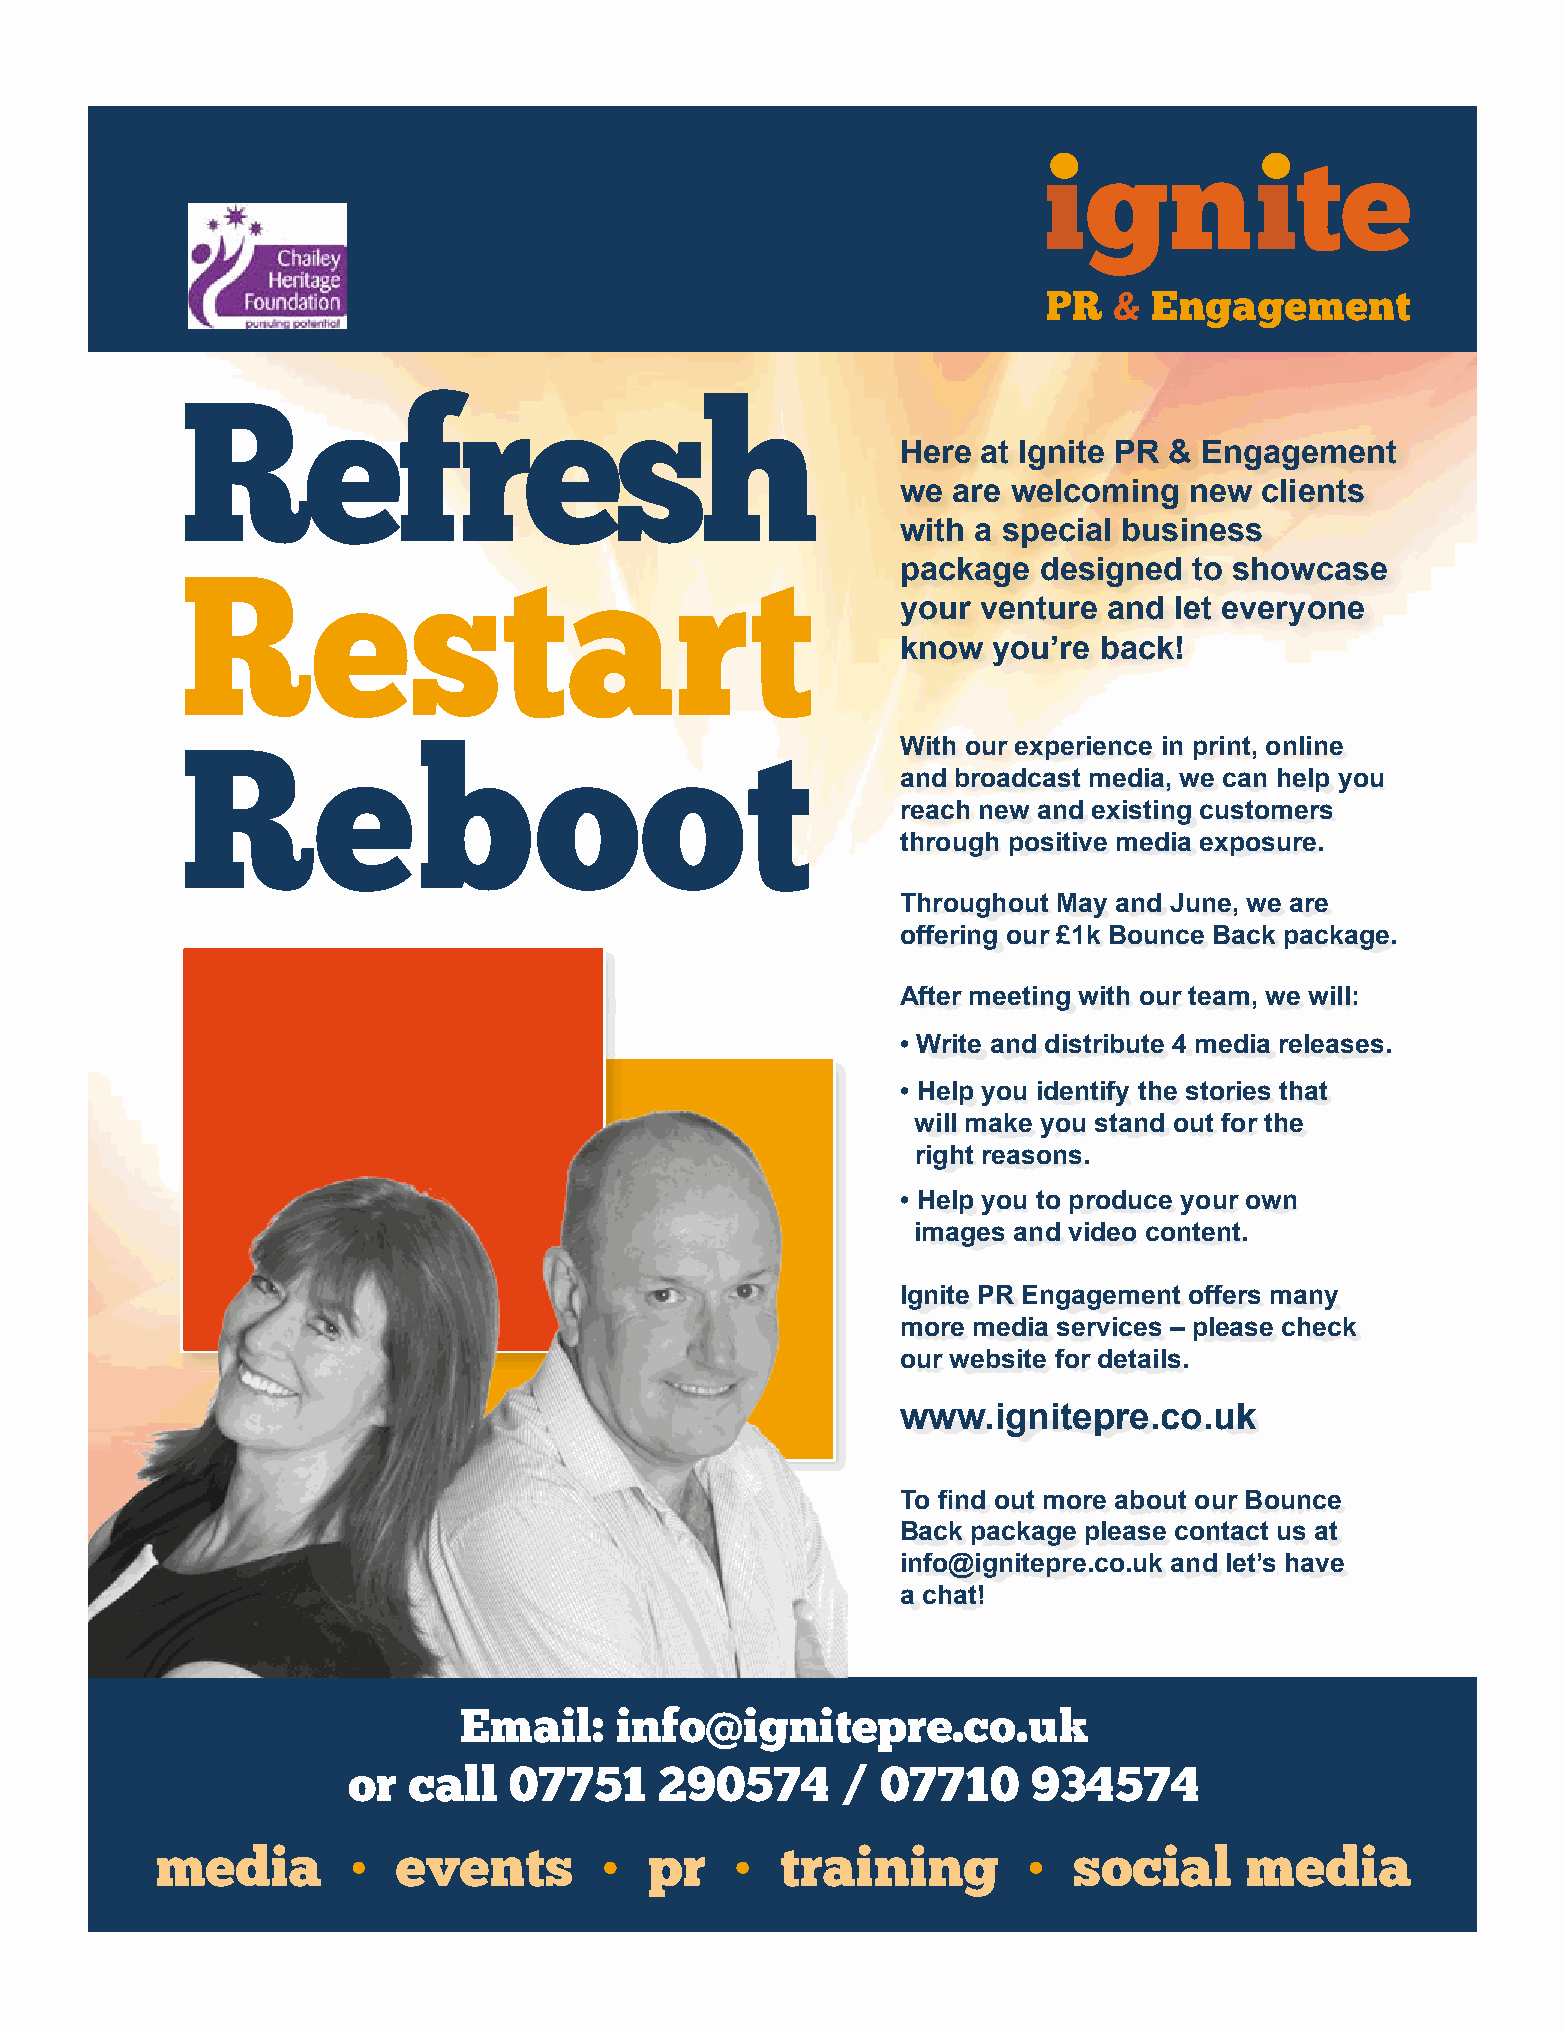
Refresh
 Here at Ignite PR & Engagement
 we are welcoming   new clients
 with a special business
 package  designed  to showcase
 Restart
 your venture and  let everyone
 know  you’re back!
 With our experience in print, online
 Reboot
 and broadcast media, we can help you
 reach new and existing customers
 through positive media exposure.
 Throughout May and June, we are
 offering our £1k Bounce Back package.
 After meeting with our team, we will:
 • Write and distribute 4 media releases.
 • Help you identify the stories that
 will make you stand out for the
 right reasons.
 • Help you to produce your own
 images and video content.
 Ignite PR Engagement offers many
 more media services – please check
 our website for details.
 www.ignitepre.co.uk
 To find out more about our Bounce
 Back package please contact us at
 info@ignitepre.co.uk and let’s have
 a chat!
 Email:     info@ignitepre.co.uk
 or  call   07751     290574      / 07710     934574
 media        •  events        •  pr    •  training        •  social     media